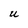
Character: U